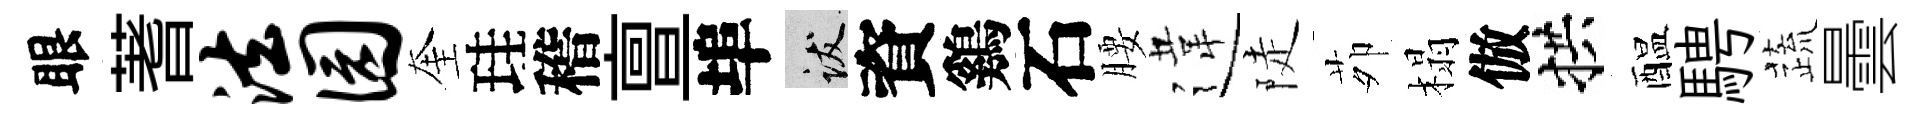
眼蓍法园奎珪稽亶埠跋資鷄石腰違陡茆榻倣拱醖騁蔬曇